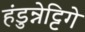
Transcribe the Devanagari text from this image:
हंडुन्नेट्टिगे